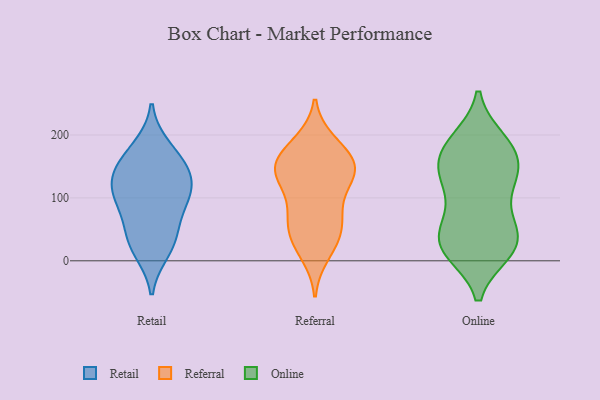
{"axis": {"x": "Production Output", "y": "Value"}, "legend": ["Online", "Referral", "Retail"], "data": [{"x": "", "y": 86, "type": "Retail"}, {"x": "", "y": 95, "type": "Retail"}, {"x": "", "y": 159, "type": "Retail"}, {"x": "", "y": 118, "type": "Retail"}, {"x": "", "y": 33, "type": "Retail"}, {"x": "", "y": 135, "type": "Retail"}, {"x": "", "y": 179, "type": "Retail"}, {"x": "", "y": 17, "type": "Retail"}, {"x": "", "y": 41, "type": "Retail"}, {"x": "", "y": 109, "type": "Retail"}, {"x": "", "y": 146, "type": "Retail"}, {"x": "", "y": 70, "type": "Referral"}, {"x": "", "y": 76, "type": "Referral"}, {"x": "", "y": 10, "type": "Referral"}, {"x": "", "y": 146, "type": "Referral"}, {"x": "", "y": 124, "type": "Referral"}, {"x": "", "y": 156, "type": "Referral"}, {"x": "", "y": 126, "type": "Referral"}, {"x": "", "y": 149, "type": "Referral"}, {"x": "", "y": 169, "type": "Referral"}, {"x": "", "y": 47, "type": "Referral"}, {"x": "", "y": 145, "type": "Referral"}, {"x": "", "y": 138, "type": "Referral"}, {"x": "", "y": 153, "type": "Referral"}, {"x": "", "y": 91, "type": "Referral"}, {"x": "", "y": 21, "type": "Referral"}, {"x": "", "y": 51, "type": "Referral"}, {"x": "", "y": 189, "type": "Referral"}, {"x": "", "y": 188, "type": "Referral"}, {"x": "", "y": 42, "type": "Referral"}, {"x": "", "y": 119, "type": "Online"}, {"x": "", "y": 191, "type": "Online"}, {"x": "", "y": 63, "type": "Online"}, {"x": "", "y": 49, "type": "Online"}, {"x": "", "y": 134, "type": "Online"}, {"x": "", "y": 18, "type": "Online"}, {"x": "", "y": 21, "type": "Online"}, {"x": "", "y": 72, "type": "Online"}, {"x": "", "y": 32, "type": "Online"}, {"x": "", "y": 180, "type": "Online"}, {"x": "", "y": 32, "type": "Online"}, {"x": "", "y": 185, "type": "Online"}, {"x": "", "y": 15, "type": "Online"}, {"x": "", "y": 161, "type": "Online"}, {"x": "", "y": 141, "type": "Online"}, {"x": "", "y": 17, "type": "Online"}, {"x": "", "y": 141, "type": "Online"}, {"x": "", "y": 183, "type": "Online"}, {"x": "", "y": 126, "type": "Online"}]}